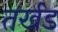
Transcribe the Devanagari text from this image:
तर्खड